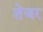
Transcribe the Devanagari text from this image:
शेजर